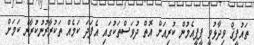
ތައުފީޤް ވިދާޅުވީ ޕީޕީއެމުން ކުރިއަށް އޮތް ދުވަސްތަކުގައި އެފަދަ ކަމެއް ތަކުރާރުނުކުރާނެ ކަމަށް